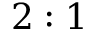
2 : 1